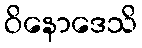
ဝိနောဒေသိ